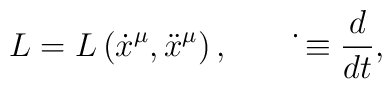
L = L\left(\dot x^\mu, \ddot x^\mu\right),\qquad \dot{} \equiv \frac{d}{dt},